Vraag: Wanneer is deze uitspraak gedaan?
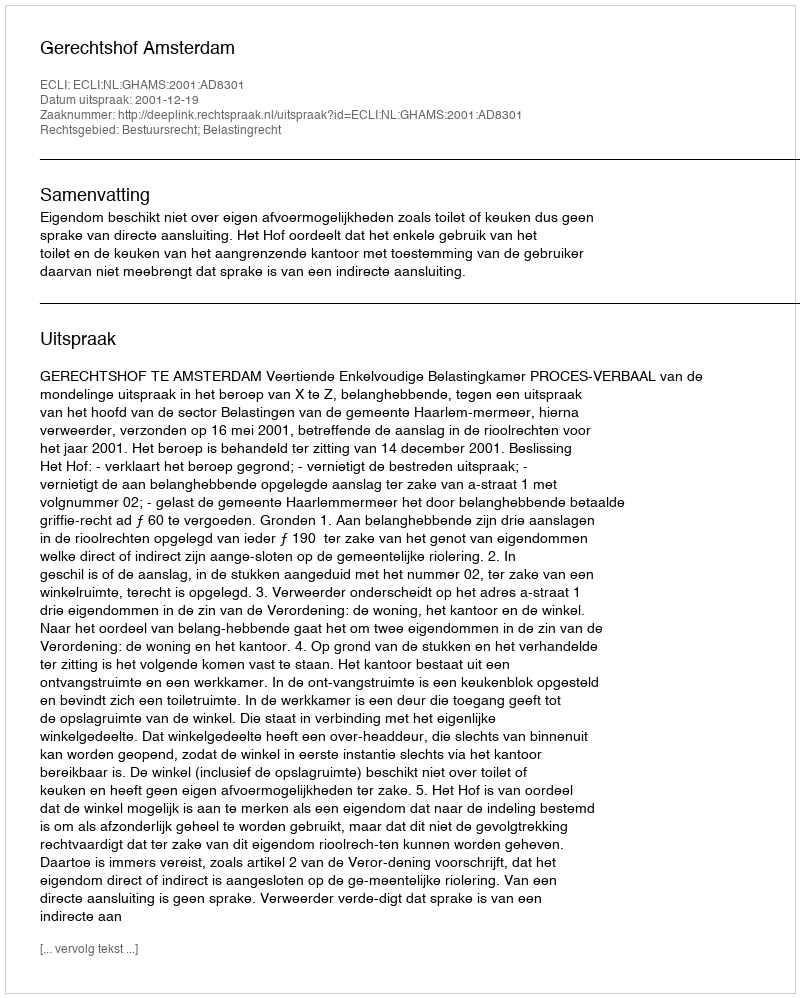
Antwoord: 2001-12-19